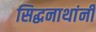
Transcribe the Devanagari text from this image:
सिद्धनाथांनी